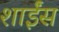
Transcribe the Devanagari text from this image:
शाईंस